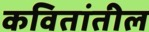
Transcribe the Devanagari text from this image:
कवितांतील